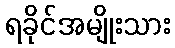
ရခိုင်အမျိုးသား